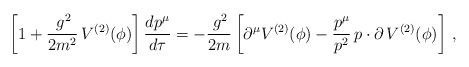
LaTeX: \begin{align*}\left[1 +\frac{\,g^2}{2m^2}\,V^{(2)}(\phi)\right]\frac{dp^\mu}{d\tau} =-\frac{\,g^2}{2m}\left[\partial^\mu V^{(2)}(\phi) - \frac{p^\mu}{p^2}\,p\cdot\partial\,V^{(2)}(\phi)\right]\,,\end{align*}